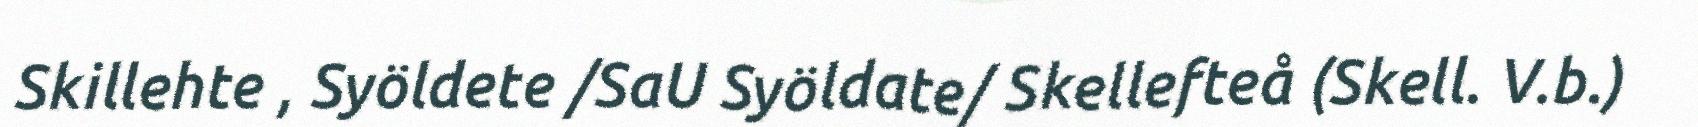
Skillehte , Syöldete /SaU Syöldate/ Skellefteå (Skell. V.b.)